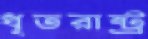
ধৃতরাষ্ট্র